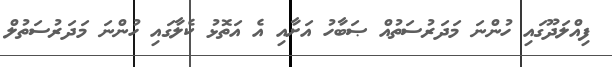
ފިއްލަދޫގައި ހުންނަ މަދަރުސަތުއް ޞަބާހު އަށާއި އެ އަތޮޅު ކެލާގައި ހުންނަ މަދަރުސަތުލް